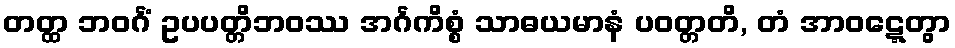
တတ္ထ ဘဝင်္ဂံ ဥပပတ္တိဘဝဿ အင်္ဂကိစ္စံ သာဓယမာနံ ပဝတ္တတိ, တံ အာဝဋ္ဋေတွာ